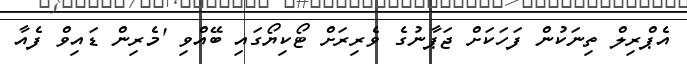
އެޕްރިލް ތިނަކުން ފަހަކަށް ޖަޕާނުގެ ވެރިރަށް ޓޯކިޔޯގައި ބޭއްވި 'މެރިން ޑައިވް ފެއާ